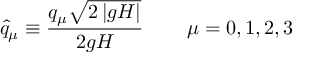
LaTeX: \widehat { q } _ { \mu } \equiv \frac { q _ { \mu } \sqrt { 2 \left| g H \right| } } { 2 g H } \, \qquad \mu = 0 , 1 , 2 , 3